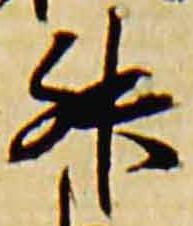
升